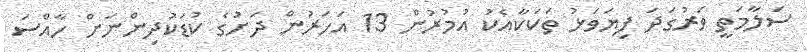
ސަލާމަތީ ވަރުގަދަ ފިޔަވަޅު ތަކަކާއެކު އުމުރުން 13 އަހަރުން ދަށުގެ ކުޑަކުދިންނަށް ހާއްސަ